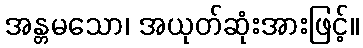
အန္တမသော၊ အယုတ်ဆုံးအားဖြင့်။